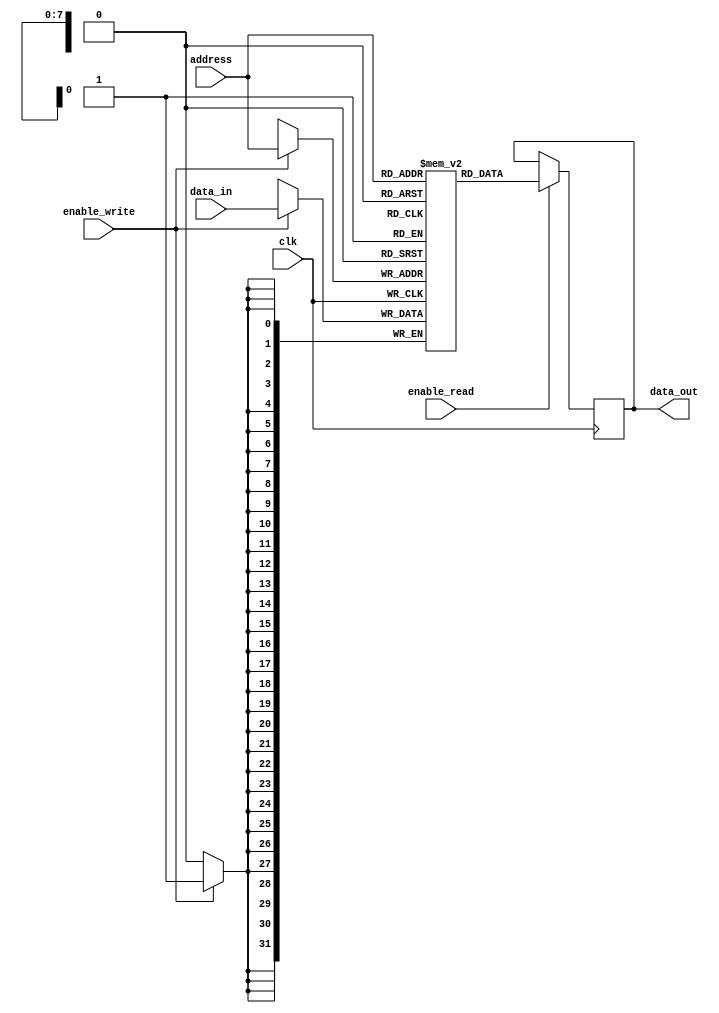
module QDR_SRAM(
    input wire clk,
    input wire enable_read,
    input wire enable_write,
    input wire [7:0] address,
    input wire [31:0] data_in,
    output reg [31:0] data_out
);

// Memory block array declaration
reg [31:0] memory_blocks [0:255];

// Address decoding logic
always @ (posedge clk) begin
    if(enable_read) begin
        data_out <= memory_blocks[address];
    end
    if(enable_write) begin
        memory_blocks[address] <= data_in;
    end
end

endmodule